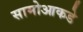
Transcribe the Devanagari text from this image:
सामोआकडे